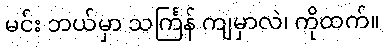
မင်း ဘယ်မှာ သင်္ကြန် ကျမှာလဲ၊ ကိုထက်။